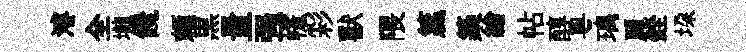
濬全壠饞頼黒量强幰彩獸隈籯築繪帖醇粵璃麗銓垜